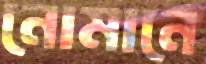
নোমানে